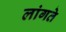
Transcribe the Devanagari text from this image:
लांगते